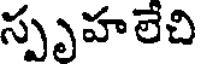
స్పృహలేచి